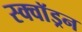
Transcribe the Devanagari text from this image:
स्क्वाॅड्रन